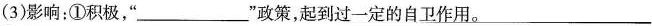
(3)影响；①积极，”___”政策，起到过一定的自卫作用。___